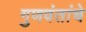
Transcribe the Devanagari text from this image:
गुणवंतांचे